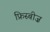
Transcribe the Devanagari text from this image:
फ्रिस्बीज़